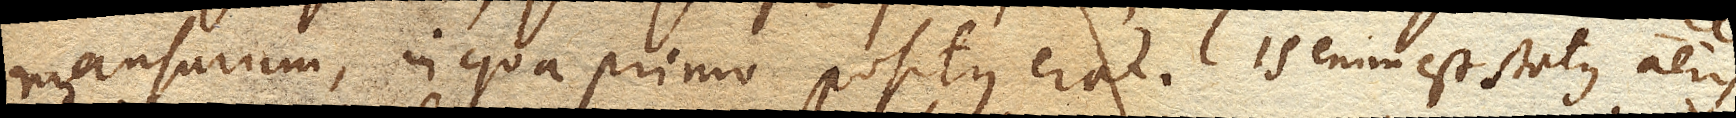
mansurum, in qua primo positus erat. Is enim est status aeris